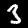
Label: 3